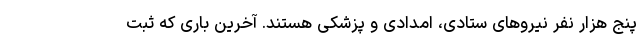
پنج هزار نفر نیروهای ستادی، امدادی و پزشکی هستند. آخرین باری که ثبت